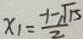
x _ { 1 } = \frac { - 1 - \sqrt { 1 5 } } { 2 }